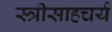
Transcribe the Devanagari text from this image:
स्त्रीसाहचर्य